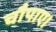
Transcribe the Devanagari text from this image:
चौपाए।